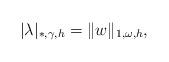
LaTeX: \begin{align*}|\lambda|_{*,\gamma,h}=\|w\|_{1,\omega,h},\end{align*}